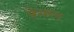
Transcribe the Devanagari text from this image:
फ्रेक्स्ड